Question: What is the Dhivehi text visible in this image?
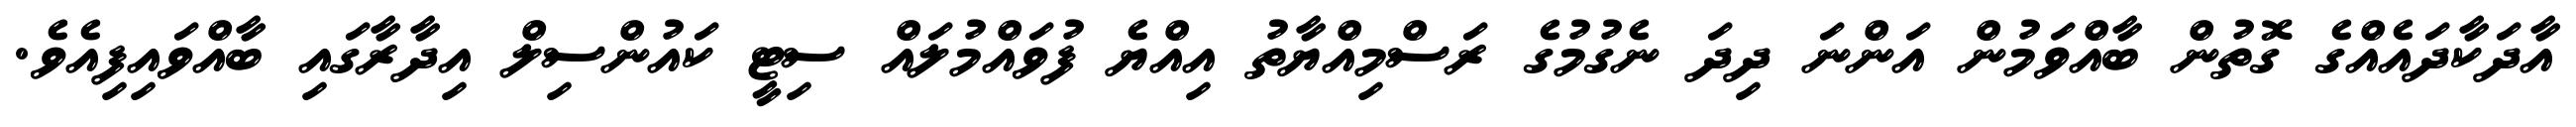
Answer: އާދަކާދައެއްގެ ގޮތުން ބާއްވަމުން އަންނަ ދިދަ ނެގުމުގެ ރަސްމިއްޔާތު އިއްޔެ ފުވައްމުލައް ސިޓީ ކައުންސިލް އިދާރާގައި ބާއްވައިފިއެވެ.